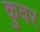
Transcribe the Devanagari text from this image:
कुवर